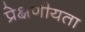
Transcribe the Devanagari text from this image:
प्रेक्षणीयता